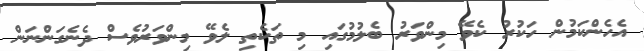
އެހެންކަމުން ހަކުރު ކެވޭ މިންވަރު ބެލުމުގައި މި ތަކެތި ލެވޭ މިންވަރުވެސް ދެނެގަންނަން